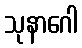
သုနာဂေါ